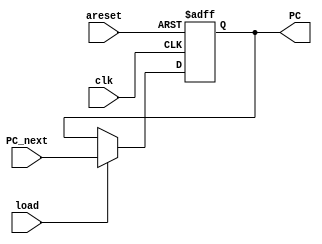
module PC_Register (
    PC_next,areset,clk,load,PC
);
    input [31:0]PC_next;
    input areset,clk,load;
    output [31:0]PC;


    always @(posedge clk or negedge areset ) begin
        if (areset==0) begin
            PC<=0;
        end else begin
            if (load==1) begin
               PC<=PC_next;
            
            end
        end

    end
 


endmodule